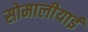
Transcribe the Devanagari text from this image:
सोमालीयाई